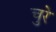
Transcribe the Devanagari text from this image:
चुरे